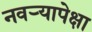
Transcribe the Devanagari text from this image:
नवऱ्यापेक्षा